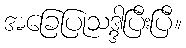
အခြေပြုသဒ္ဒါပြီးပြီ။